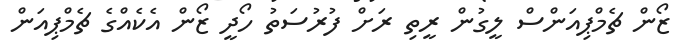
ޒޯން ޗެމްޕިއަންސް ލީގުން ރީތި ރަށް ފުރުސަތު ހޯދީ ޒޯން އެކެއްގެ ޗެމްޕިއަން